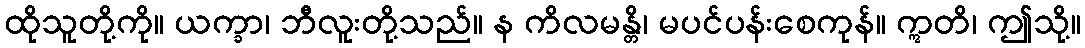
ထိုသူတို့ကို။ ယက္ခာ၊ ဘီလူးတို့သည်။ န ကိလမန္တိ၊ မပင်ပန်းစေကုန်။ ဣတိ၊ ဤသို့။